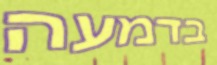
בדמעה